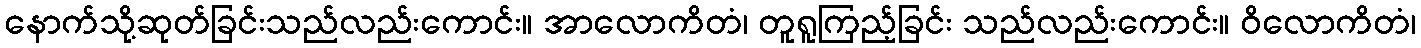
နောက်သို့ဆုတ်ခြင်းသည်လည်းကောင်း။ အာလောကိတံ၊ တူရူကြည့်ခြင်း သည်လည်းကောင်း။ ဝိလောကိတံ၊